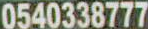
0540338777